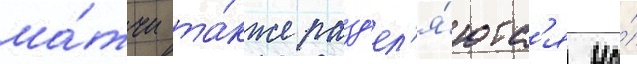
ма́тчи та́кже разд'ел'я́ютс'я на́